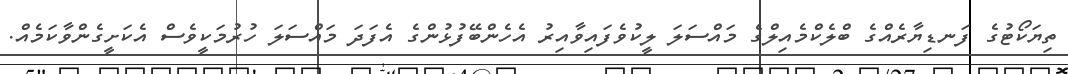
ތިޔަކޯޓުގެ ފަނޑިޔާރެއްގެ ބްލެކްމެއިލްގެ މައްސަލަ ލީކުވެފައިވާއިރު އެހެންބޭފުޅުންގެ އެފަދަ މައްސަލަ ހުރުމަކީވެސް އެކަށީގެންވާކަމެއް.